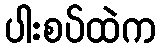
ပါးစပ်ထဲက